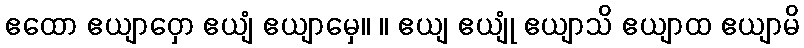
ဧထော ဧယျာဝှော ဧယျံ ဧယျာမှေ။ ။ ဧယျ ဧယျုံ ဧယျာသိ ဧယျာထ ဧယျာမိ